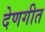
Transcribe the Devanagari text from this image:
देणगीत